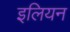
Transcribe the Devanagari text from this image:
इलियन